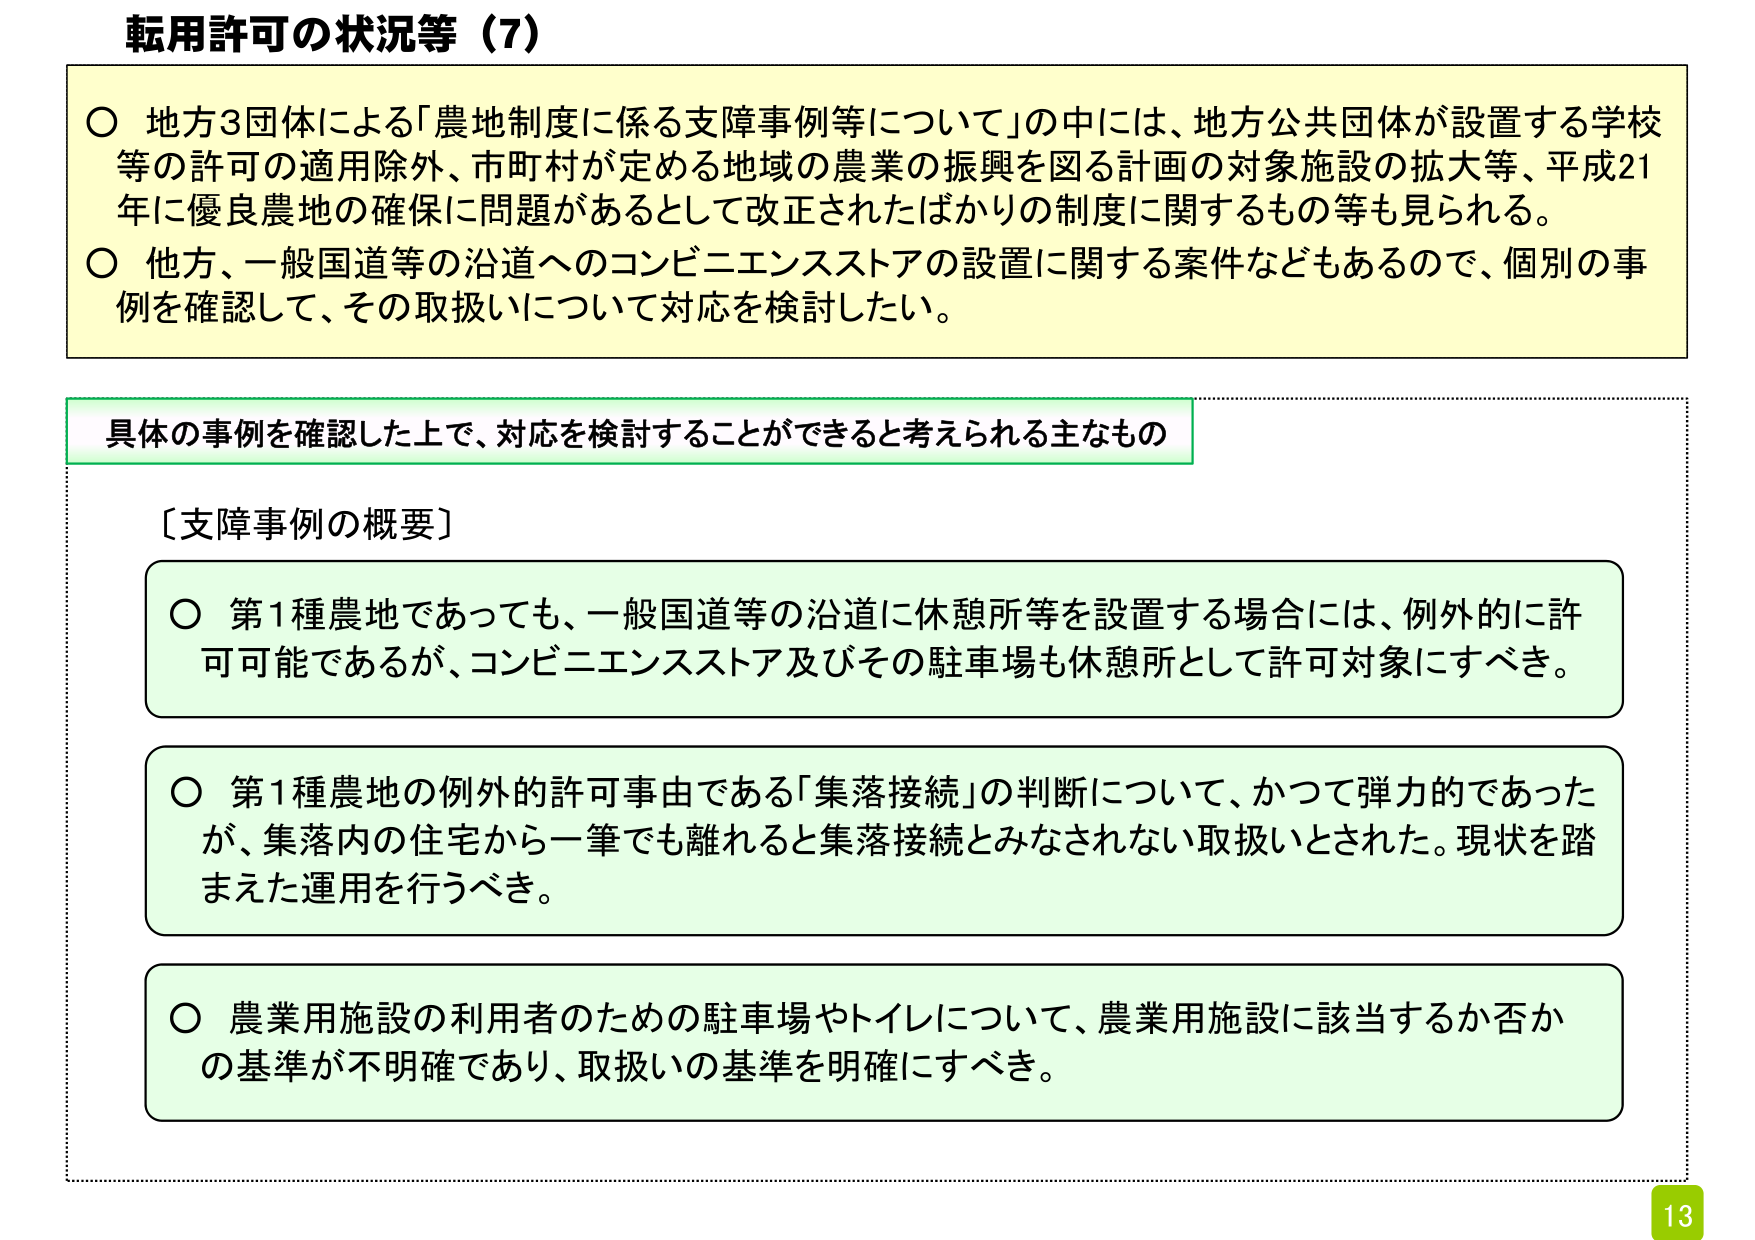
転用許可の状況等（7）

〇 地方3団体による「農地制度に係る支障事例等について」の中には、地方公共団体が設置する学校等の許可の適用除外、市町村が定める地域の農業の振興を図る計画の対象施設の拡大等、平成21年に優良農地の確保に問題があるとして改正されたばかりの制度に関するもの等も見られる。
〇 他方、一般国道等の沿道へのコンビニエンスストアの設置に関する案件などもあるので、個別の事例を確認して、その取扱いについて対応を検討したい。

具体の事例を確認した上で、対応を検討することができると考えられる主なもの

〔支障事例の概要〕

〇 第1種農地であっても、一般国道等の沿道に休憩所等を設置する場合には、例外的に許可可能であるが、コンビニエンスストア及びその駐車場も休憩所として許可対象にすべき。

〇 第1種農地の例外的許可事由である「集落接続」の判断について、かつて弾力的であったが、集落内の住宅から一筆でも離れると集落接続とみなされない取扱いとされた。現状を踏まえた運用を行うべき。

〇 農業用施設の利用者のための駐車場やトイレについて、農業用施設に該当するか否かの基準が不明確であり、取扱いの基準を明確にすべき。

13